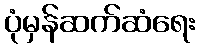
ပုံမှန်ဆက်ဆံရေး